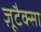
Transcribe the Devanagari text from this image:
ज़ूटैक्सा